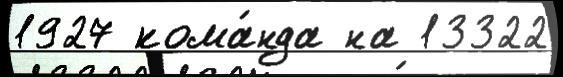
1927 кома́нда на 13322